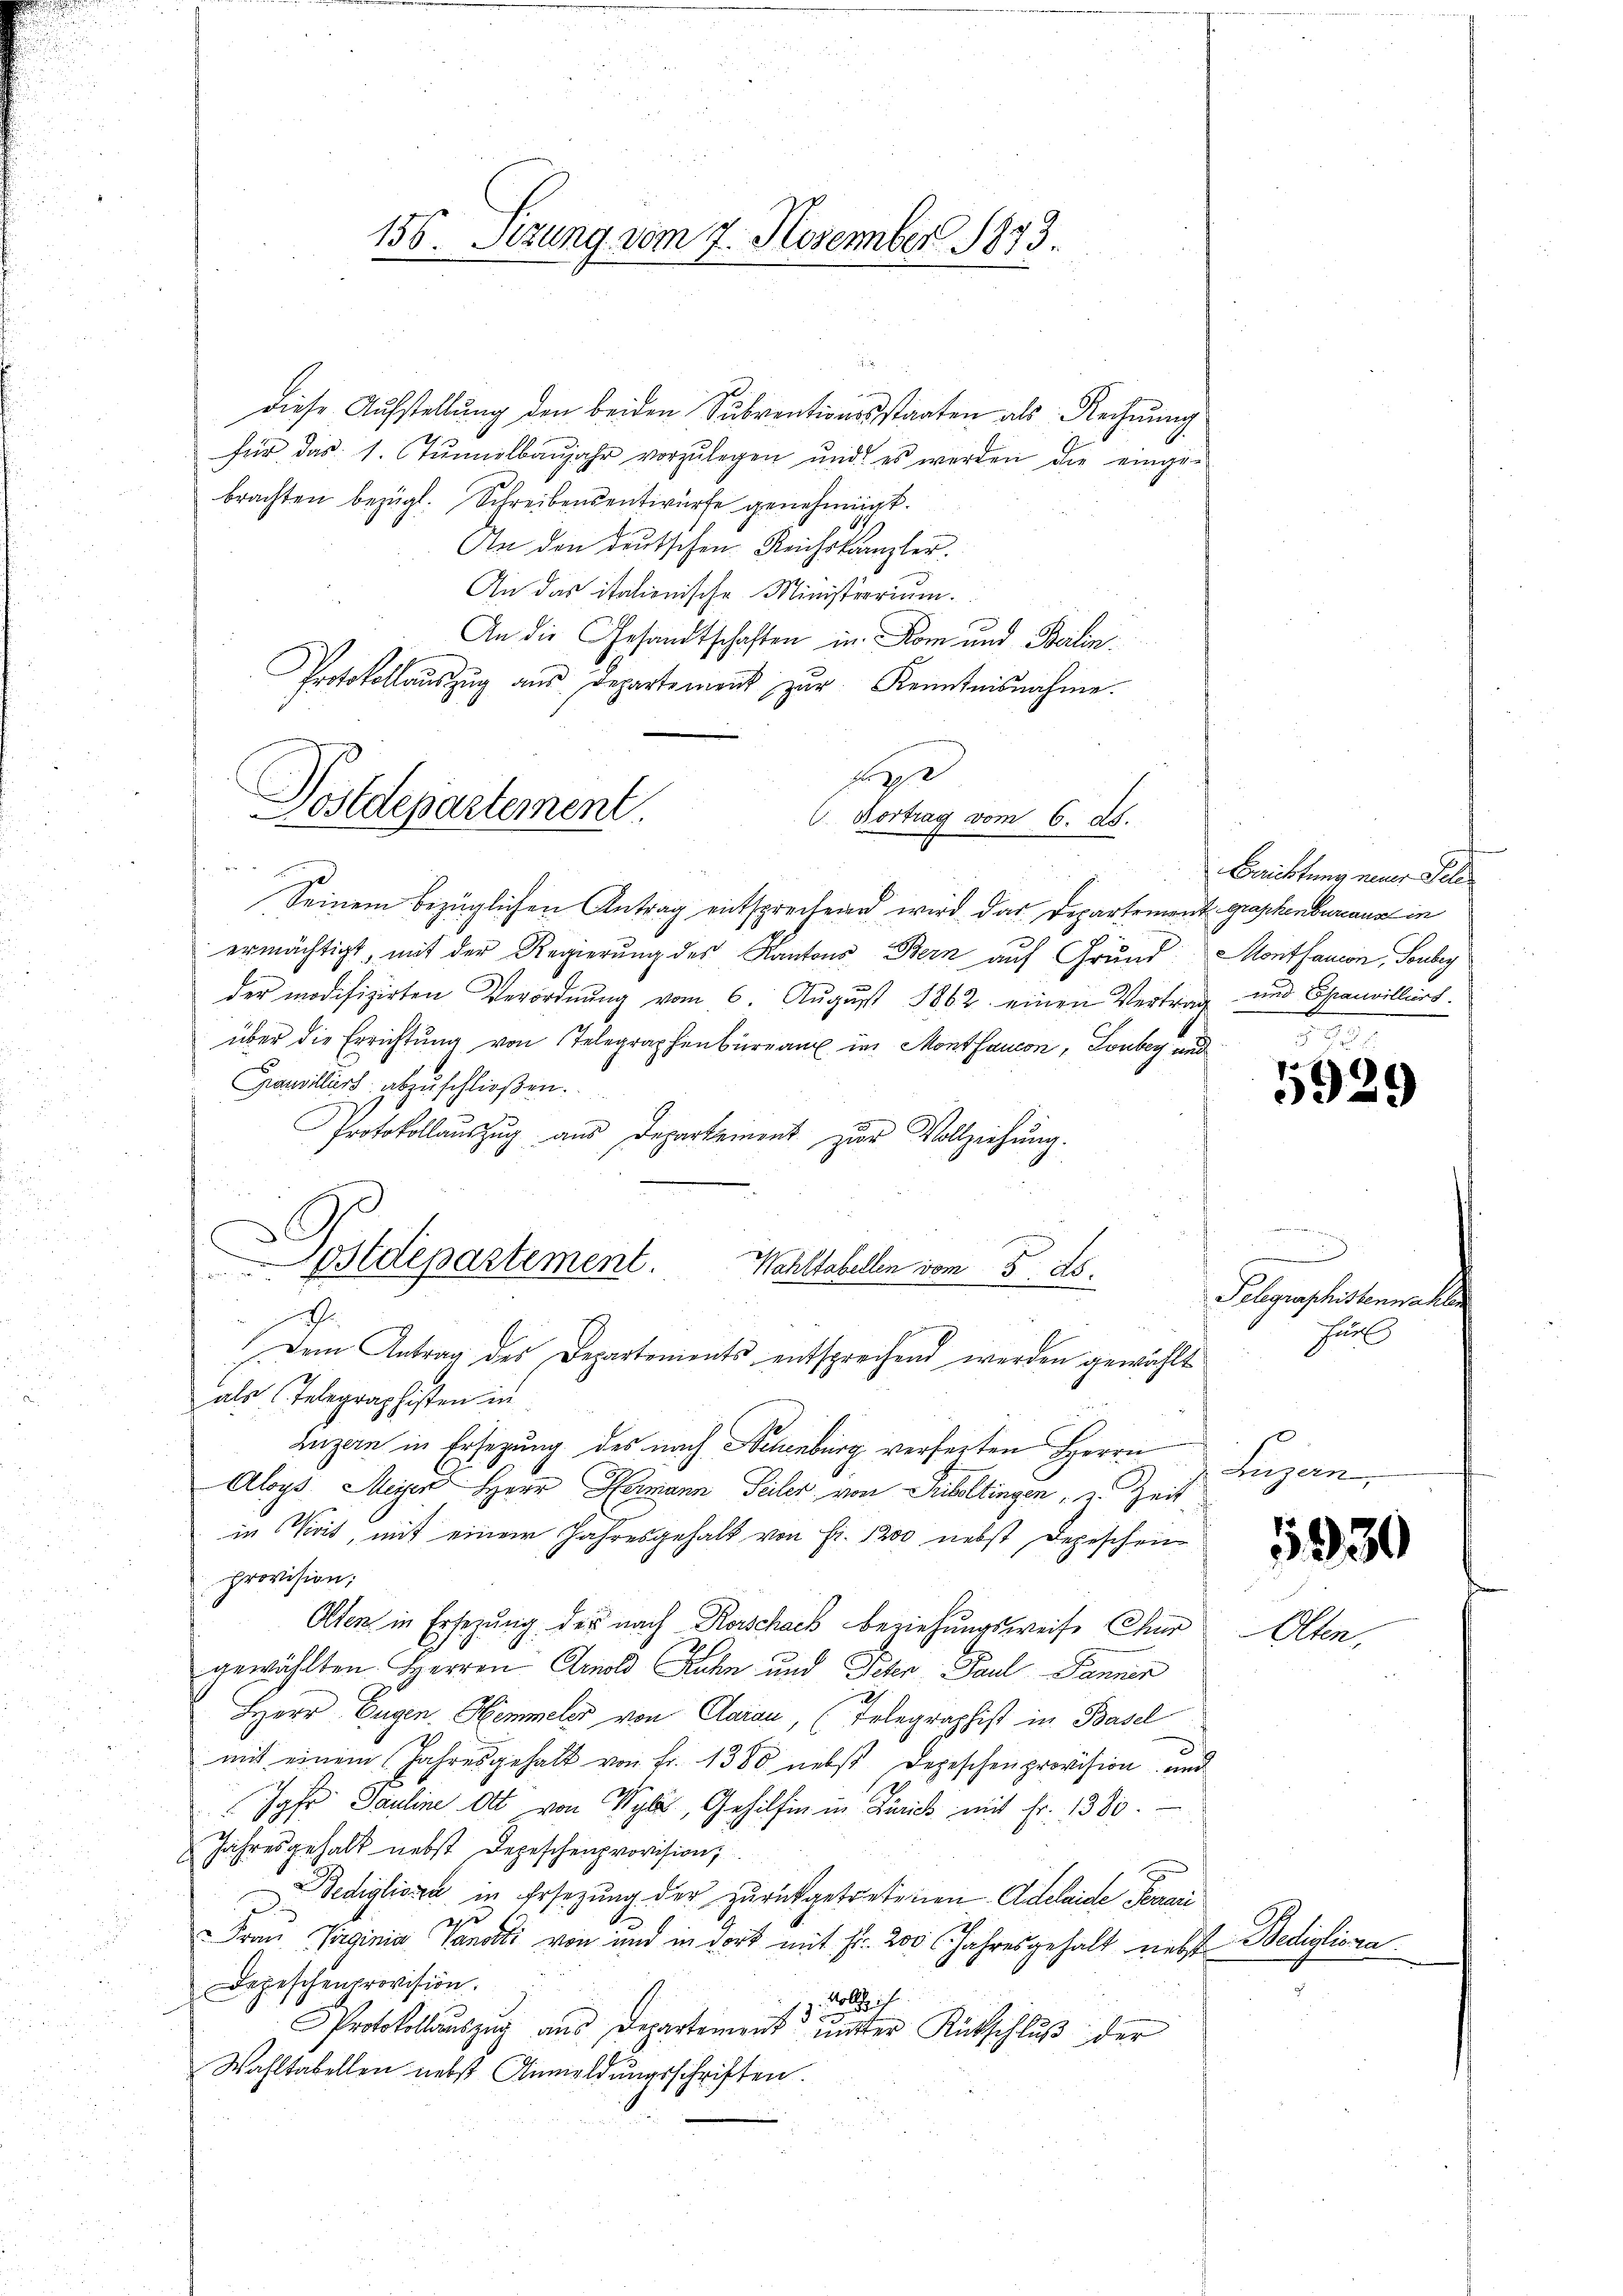
diese Aufstellŭng den beiden Subventionssstaaten als Rechnŭng
für das 1. Jŭnnelbaŭjahr vorzŭlegen und es werden die einge-
brachten bezügl. Schreibensentwürfe genehmigt.
An den deutschen Reichskanzler.
An das italionische Ministerrium.
An die Gesandtschaften in Rom und Berlin.
Protokollaŭszŭg aŭs Departement zŭr Kenntnisnahme.
s
. Vortrag vom 6. ds.
i
2
Seinem bezüglichen Antrag entsprechen wird das Departement graphenbureausin
ermächtigt, mit der Regierŭng des Kantons Bern auf Grund Montanion, Sonbey
der modifizirten Verordnŭng vom 6. Aŭgŭst 1862 einen Vertrag und Spanvillers.
über die Errichtung von Telegraphenbureau im Montfaucon, Lonberg und
Prassillirt abzuschließen.
Protokollaŭszŭg aŭs Departement zŭr Vollziehŭng.
C
pstdepartement.
Wahltabellen vom 5. ds.
h
dem Antrag des Departements entsprechend werden gewählt
als Telegraphisten in
Luzern in Ersezung des nach Neuenburg verferten Herrn
Aloys. Meyer Herr Hermann Teiler von Priboltingen " 2. Zeit
in Krit, mit einem Jahresgehalt von Fr. 1200 nebst Depeschen
provision;
Olten in Ersezung des nach Kerschach Beziehungsweise Chur
gewählten Herren Arnold Kuhn und Peter Paul Panner
Herr Eugen. Hemmelos von Aarau, (Telegraphist in Basel
mit einem Jahresgehalt von Fr. 1380 nebst Depeschenprovision und
Jahr Pauline Ott von Wyl, Gehilfen in Zürich mit Fr. 1380.
Jahresgehalt nebst Depeschenprovision,
Bedigliora in Ersezung der zurückgetretenen Adelaide Fami
est
 Frau Pirginia Canotti von und in dort mit Fr. 200 Jahresgehalt nebst Bedigliora
Depeschenprovision.
Soll ich
d
Protokollauszug aus Departement ŭnter Rückschlŭβ der
Wahltabellen nebst Anmeldungsschriften.

E
Postdepartement.

156. Sitzung vom 7. November 1873.

.
Baüstung neuer Sel

1920
e

Telegraphistenwahle.
Fürl

Luzern,

5930

Olten,